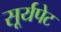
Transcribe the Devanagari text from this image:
सूर्यपेट